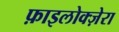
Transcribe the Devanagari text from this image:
फ़ाइलोक्ज़ेरा